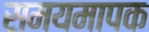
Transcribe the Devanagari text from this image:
समयमापक